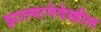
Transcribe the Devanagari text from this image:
झाल्यानेदेखील